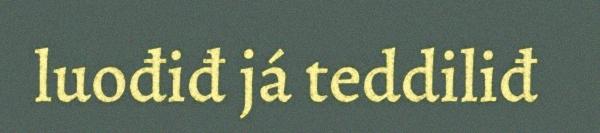
luođiđ já teddiliđ